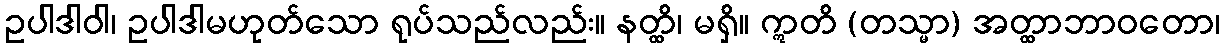
ဥပါဒါဝါ၊ ဥပါဒါမဟုတ်သော ရုပ်သည်လည်း။ နတ္ထိ၊ မရှိ။ ဣတိ (တသ္မာ) အတ္ထာဘာဝတော၊